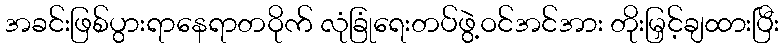
အခင်းဖြစ်ပွားရာနေရာတဝိုက် လုံခြုံရေးတပ်ဖွဲ့ဝင်အင်အား တိုးမြှင့်ချထားပြီး